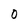
Character: 0